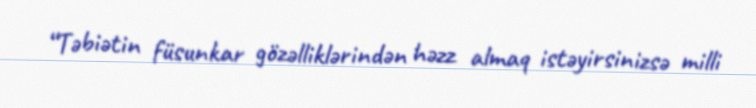
“Təbiətin füsunkar gözəlliklərindən həzz almaq istəyirsinizsə milli